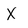
Character: x